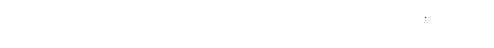
ဆိုင်ကယ်စီးနေကျ မဟုတ်တော့ သူထိုင်ရတာ တော်တော်အဆင်မပြေတာနဲ့ ခဏနားမယ်ဆိုပြီး